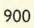
900